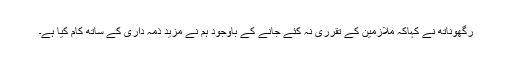
رگھوناتھ نے کہاکہ ملازمین کے تقرری نہ کئے جانے کے باوجود ہم نے مزید ذمہ داری کے ساتھ کام کیا ہے۔